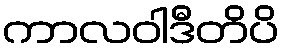
ကာလဝါဒီတိပိ